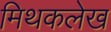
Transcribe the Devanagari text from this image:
मिथकलेख